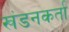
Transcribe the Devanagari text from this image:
खंडनकर्ता